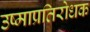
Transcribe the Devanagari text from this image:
उष्माप्रतिरोधक